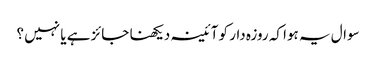
سوال یہ ہوا کہ روزہ دار کو آئینہ دیکھنا جائز ہے یا نہیں ؟